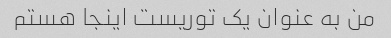
من به عنوان یک توریست اینجا هستم